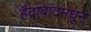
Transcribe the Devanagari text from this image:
हैद्राबादमधून